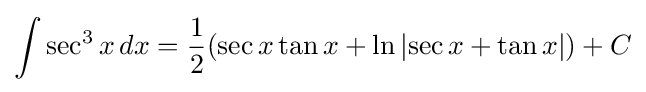
\int \sec ^{3}x\,dx={\frac {1}{2}}(\sec x\tan x+\ln \left|\sec x+\tan x\right|)+C